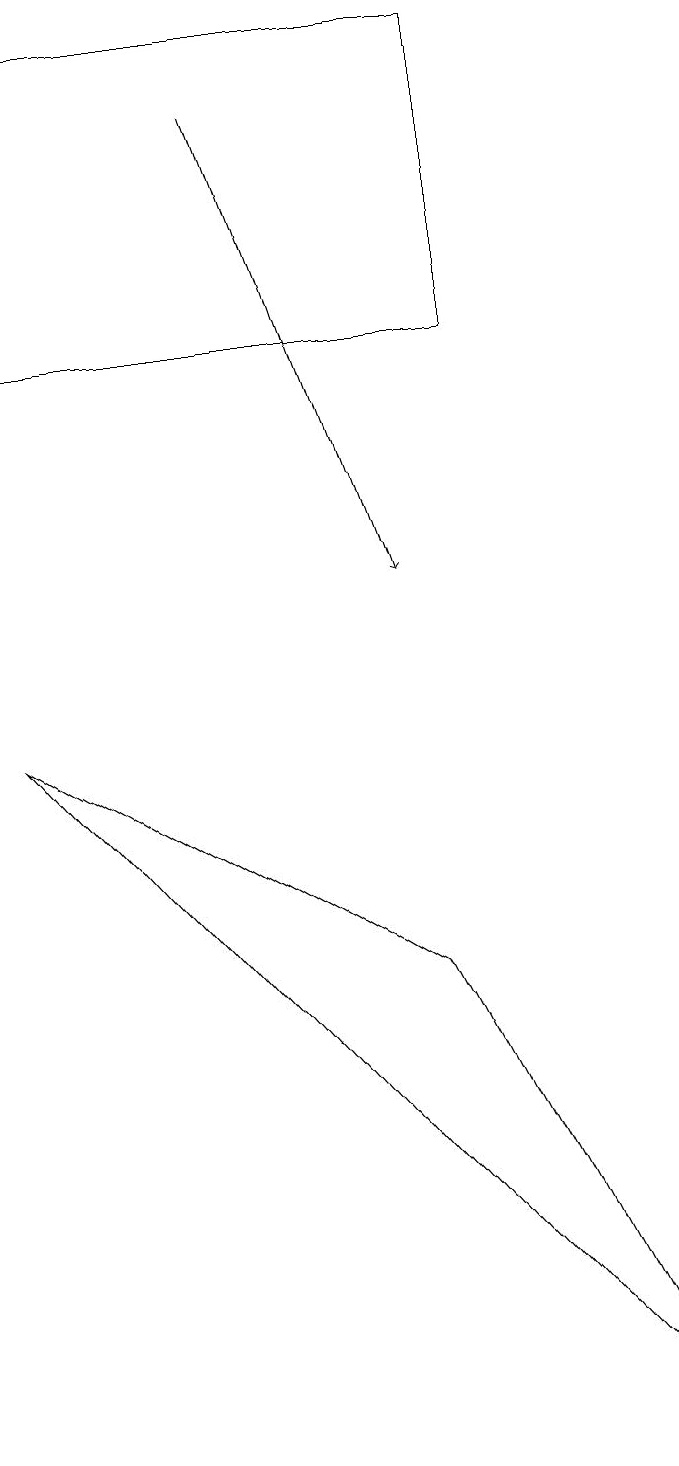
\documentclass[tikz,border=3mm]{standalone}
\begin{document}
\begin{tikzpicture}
\draw (6,6) -- (1,9) -- (9,0) -- cycle;
\draw[->] (4,17) -- (6,11);
\draw (1,18) rectangle (7,14);
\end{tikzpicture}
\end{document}